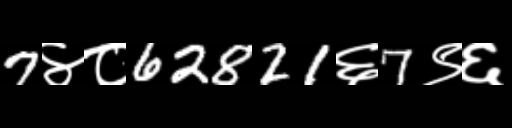
Text: 7४८62821६7९६